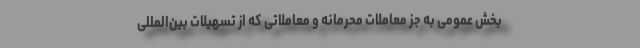
بخش عمومی به جز معاملات محرمانه و معاملاتی که از تسهیلات بین‌المللی